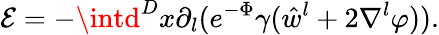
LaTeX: \mathcal{E}=-\intd^{D}x\partial_{l}(e^{-\Phi}\gamma(\hat{{w}}^{l}+2\nabla^{l}\varphi)).